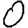
Digit: 0